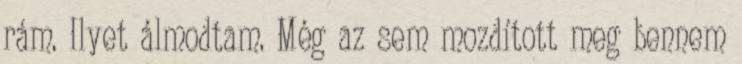
rám. Ilyet álmodtam. Még az sem mozdított meg bennem